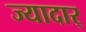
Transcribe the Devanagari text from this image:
ज्यादार्